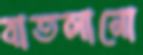
বাতলানো